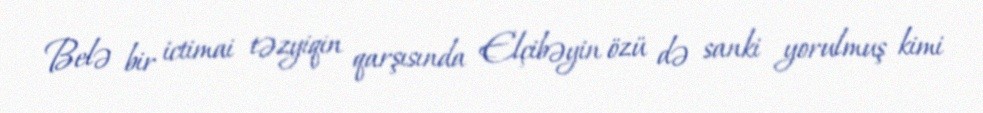
Belə bir ictimai təzyiqin qarşısında Elçibəyin özü də sanki yorulmuş kimi